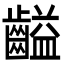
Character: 齸